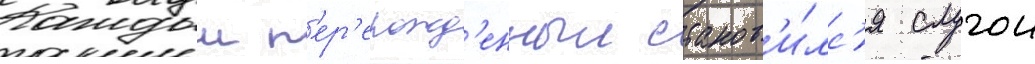
Каждыи п'ер'ерожд'енныи станов'и́лс'я слугои